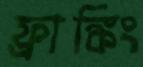
ফ্রাঙ্কিং